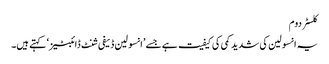
کلسٹر دوم
یہ انسولین کی شدید کمی کی کیفیت ہے جسے ’انسولین ڈیفی شنٹ ڈائبٹیز‘ کہتے ہیں۔